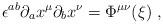
LaTeX: \begin{align*}\epsilon^{ab}\partial_a x^\mu\partial_b x^\nu=\Phi^{\mu\nu}({\xi})\ ,\end{align*}